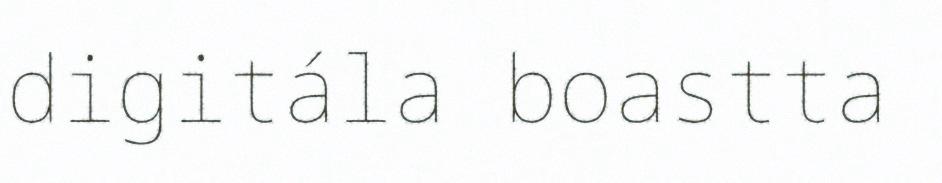
digitála boastta